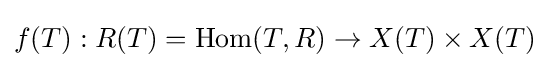
f(T):R(T)=\operatorname {Hom} (T,R)\to X(T)\times X(T)